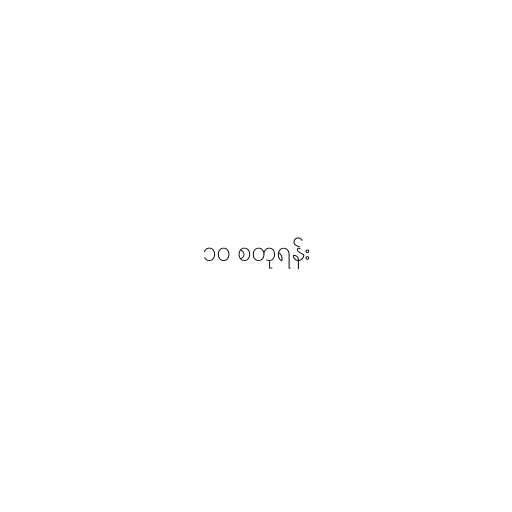
၁၀ စတုရန်း